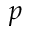
p